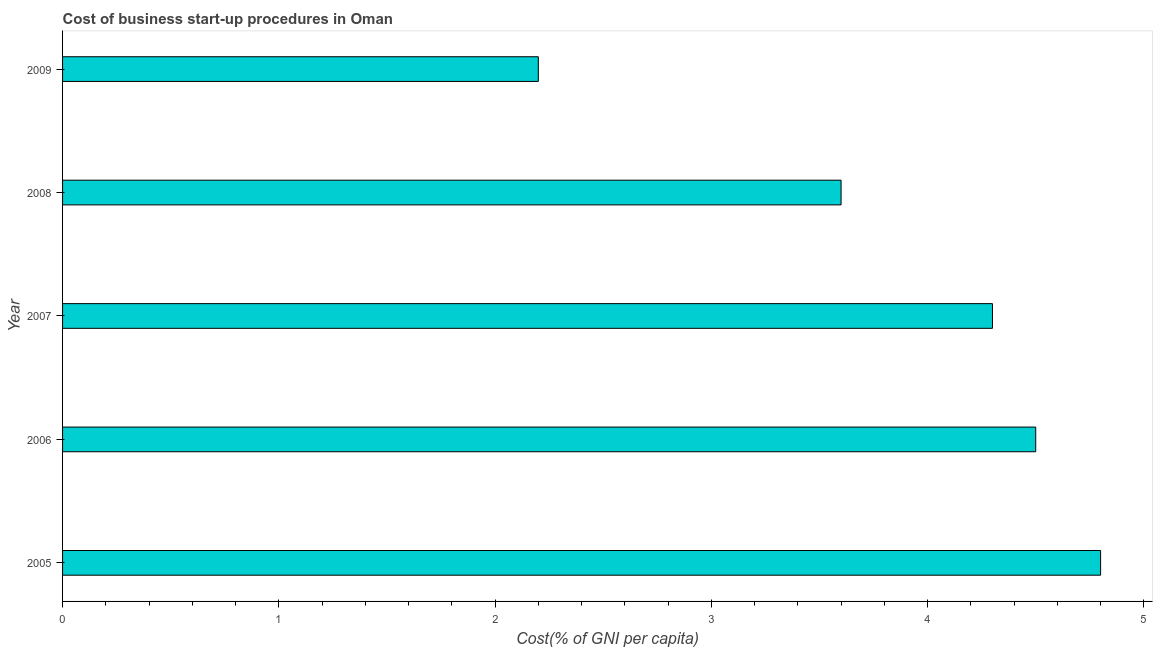
| Year | Cost |
 | --- | --- |
 | 2005 | 4.8 |
 | 2006 | 4.5 |
 | 2007 | 4.3 |
 | 2008 | 3.6 |
 | 2009 | 2.2 |